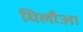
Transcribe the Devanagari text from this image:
घिलौआ